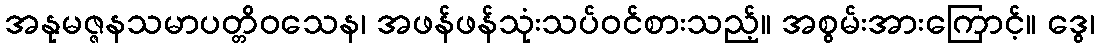
အနုမဇ္ဇနသမာပတ္တိဝသေန၊ အဖန်ဖန်သုံးသပ်ဝင်စားသည့်။ အစွမ်းအားကြောင့်။ ဒွေ၊